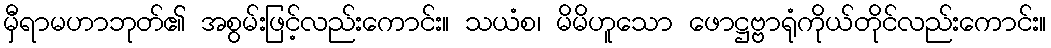
မှီရာမဟာဘုတ်၏ အစွမ်းဖြင့်လည်းကောင်း။ သယံစ၊ မိမိဟူသော ဖောဋ္ဌဗ္ဗာရုံကိုယ်တိုင်လည်းကောင်း။